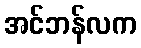
အင်ဘန်လက